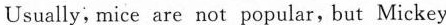
Usually,mice are not popular,but Mickey